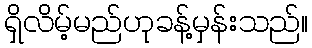
ရှိလိမ့်မည်ဟုခန့်မှန်းသည်။